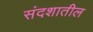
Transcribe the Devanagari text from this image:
संदशातील